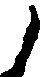
ノ